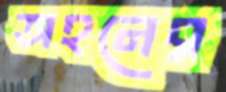
অহনের